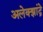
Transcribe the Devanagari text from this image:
अलेक्झांद्रे